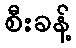
စီးခန့်